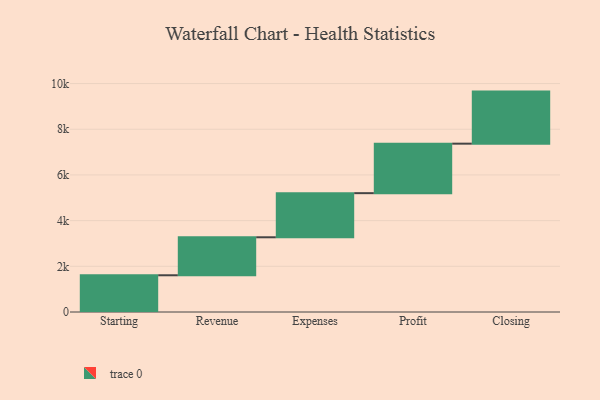
{"axis": {"x": "Step", "y": "Value"}, "legend": [""], "data": [{"x": "Starting", "y": 1608.0, "type": ""}, {"x": "Revenue", "y": 1663.0, "type": ""}, {"x": "Expenses", "y": 1931.0, "type": ""}, {"x": "Profit", "y": 2167.0, "type": ""}, {"x": "Closing", "y": 2279.0, "type": ""}]}